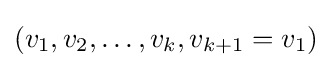
(v_{1},v_{2},\ldots ,v_{k},v_{k+1}=v_{1})